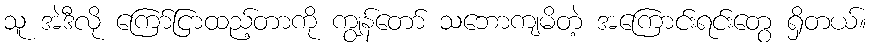
သူ အဲဒီလို ကြော်ငြာထည့်တာကို ကျွန်တော် သဘောကျမိတဲ့ အကြောင်းရင်းတွေ ရှိတယ်။